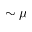
\sim \mu